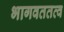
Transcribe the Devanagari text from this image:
भागवततत्व